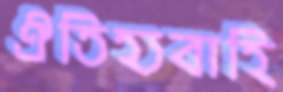
ঐতিহ্যবাহি